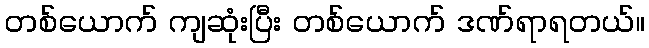
တစ်ယောက် ကျဆုံးပြီး တစ်ယောက် ဒဏ်ရာရတယ်။